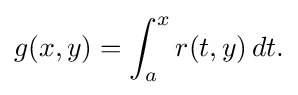
\displaystyle {g(x,y)=\int _{a}^{x}r(t,y)\,dt.}